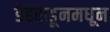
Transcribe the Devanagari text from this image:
डेहराडूनमधून